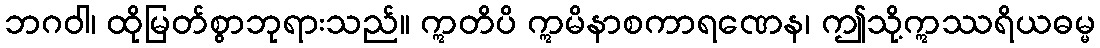
ဘဂဝါ၊ ထိုမြတ်စွာဘုရားသည်။ ဣတိပိ ဣမိနာစကာရဏေန၊ ဤသို့ဣဿရိယဓမ္မ